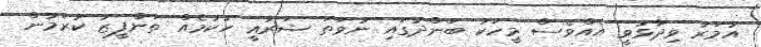
އުމަރު ވިދާޅުވީ އެއްވެސް މީހަކު ބަންދުގައި ނުވަތަ ޝަރުޢީ ހުކުމެއް ތަންފީޒު ކުރަމުން